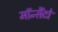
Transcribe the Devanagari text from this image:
मॉन्सैंटो